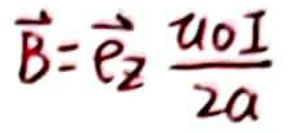
\(\vec{B}=\vec{e}_{2}\frac{\mu_{0}I}{2a}\)